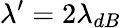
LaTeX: \lambda^{\prime}=2\lambda_{dB}